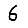
Digit: 6